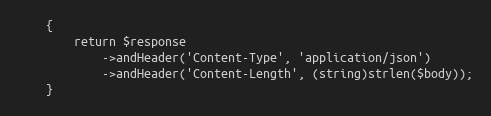
Language: PHP
    {
        return $response
            ->andHeader('Content-Type', 'application/json')
            ->andHeader('Content-Length', (string)strlen($body));
    }